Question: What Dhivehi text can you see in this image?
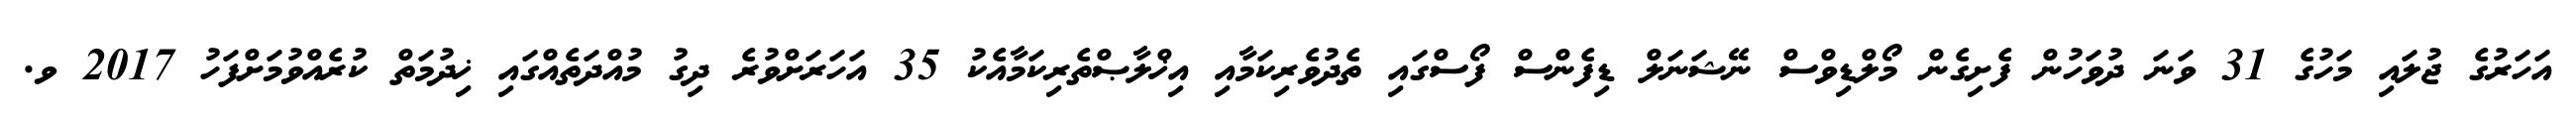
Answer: އަހަރުގެ ޖުލައި މަހުގެ 31 ވަނަ ދުވަހުން ފެށިގެން މޯލްޑިވްސް ނޭޝަނަލް ޑިފެންސް ފޯސްގައި ތެދުވެރިކަމާއި އިޚްލާޞްތެރިކަމާއެކު 35 އަހަރަށްވުރެ ދިގު މުއްދަތެއްގައި ޚިދުމަތް ކުރެއްވުމަށްފަހު 2017 ވ.